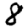
Digit: 8